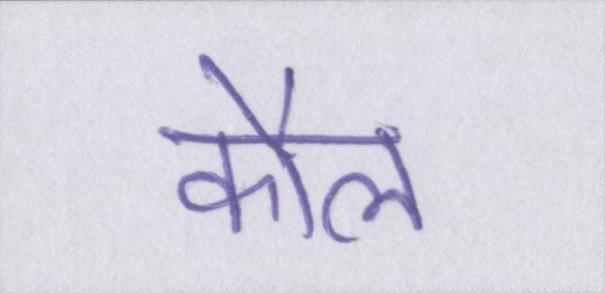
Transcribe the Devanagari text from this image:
कौल